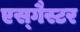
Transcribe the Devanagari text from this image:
एस्गैस्टर